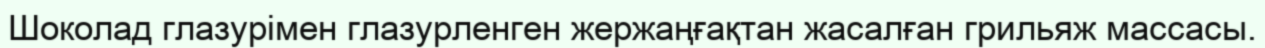
Шоколад глазурімен глазурленген жержаңғақтан жасалған грильяж массасы.